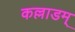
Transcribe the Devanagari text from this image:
कल्लाडम्